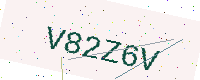
Text: V82Z6V